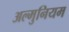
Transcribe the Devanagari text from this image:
अल्‍मुनियम